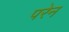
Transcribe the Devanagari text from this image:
परेन